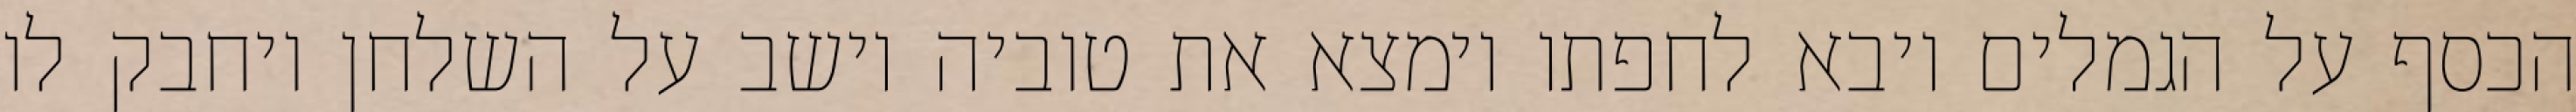
הכסף על הגמלים ויבא לחפתו וימצא את טוביה יושב על השלחן ויחבק לו